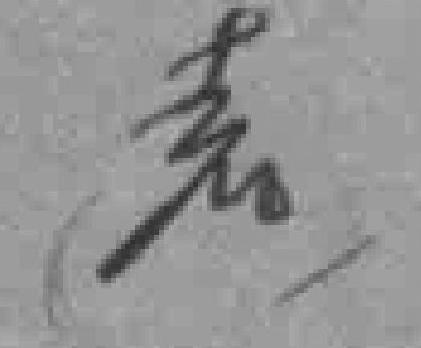
遠